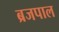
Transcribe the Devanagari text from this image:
ब्रजपाल